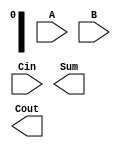
module DynamicCarrySelectAdder #(
    parameter N = 16 // Total number of bits for A and B
)(
    input [N-1:0] A,      // First operand
    input [N-1:0] B,      // Second operand
    input Cin,            // Carry-in
    output [N:0] Sum,     // Sum output
    output Cout           // Carry-out
);

    localparam BLOCK_SIZE = 4; // Size of each block
    localparam NUM_BLOCKS = N / BLOCK_SIZE;

    wire [BLOCK_SIZE-1:0] Sum0 [0:NUM_BLOCKS-1]; // Sum assuming Cin = 0
    wire [BLOCK_SIZE-1:0] Sum1 [0:NUM_BLOCKS-1]; // Sum assuming Cin = 1
    wire Cout0 [0:NUM_BLOCKS-1]; // Carry-out assuming Cin = 0
    wire Cout1 [0:NUM_BLOCKS-1]; // Carry-out assuming Cin = 1
    wire [NUM_BLOCKS-1:0] carry; // Carry signals between blocks

    // Generate blocks
    genvar i;
    generate
        for (i = 0; i < NUM_BLOCKS; i = i + 1) begin : adder_block
            wire [BLOCK_SIZE-1:0] A_block = A[i*BLOCK_SIZE +: BLOCK_SIZE];
            wire [BLOCK_SIZE-1:0] B_block = B[i*BLOCK_SIZE +: BLOCK_SIZE];

            // Full adder for Cin = 0
            assign {Cout0[i], Sum0[i]} = A_block + B_block + 1'b0;
            // Full adder for Cin = 1
            assign {Cout1[i], Sum1[i]} = A_block + B_block + 1'b1;

            // Select carry for the next block
            if (i == 0) begin
                assign carry[i] = Cin; // First block uses the input Cin
            end else begin
                assign carry[i] = Cout0[i-1] ? 1'b1 : Cout1[i-1];
            end
        end
    endgenerate

    // Final Sum and Cout selection
    assign Sum = {Cout[NUM_BLOCKS-1], Sum0[NUM_BLOCKS-1]} + (Cout[NUM_BLOCKS-1] ? Sum1[NUM_BLOCKS-1] : 0);
    assign Cout = Cout[NUM_BLOCKS-1];

endmodule